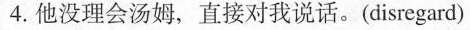
4.他没理会汤姆，直接对我说话。(disregard)